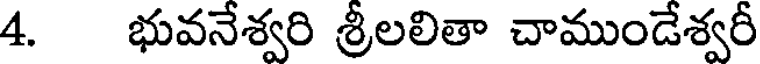
4. భువనేశ్వరి శ్రీలలితా చాముండేశ్వరీ